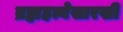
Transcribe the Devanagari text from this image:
ब्रह्महत्येसारखी